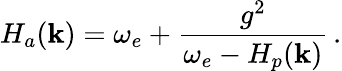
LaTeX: H_{a}(\mathbf{k})=\omega_{e}+\frac{g^{2}}{\omega_{e}-H_{p}(\mathbf{k})}\, .